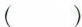
( )